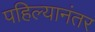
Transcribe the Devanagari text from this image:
पहिल्यानंतर